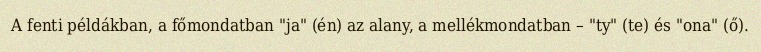
A fenti példákban, a főmondatban "ja" (én) az alany, a mellékmondatban – "ty" (te) és "ona" (ő).